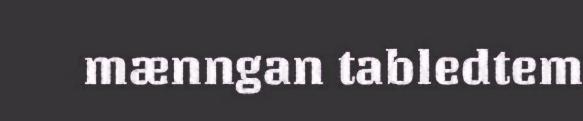
mænngan tabledtem